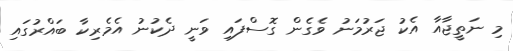
މި ނަތީޖާއާ އެކު ޖަރުމަނު ވެގެން ގޮސްފައި ވަނީ ދެކުނު އެމެރިކާ ބައްރުގައި